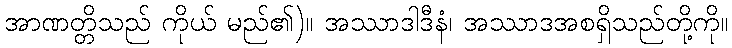
အာဏတ္တိသည် ကိုယ် မည်၏)။ အဿာဒါဒီနံ၊ အဿာဒအစရှိသည်တို့ကို။